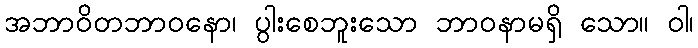
အဘာဝိတဘာဝနော၊ ပွါးစေဘူးသော ဘာဝနာမရှိ သော။ ဝါ၊